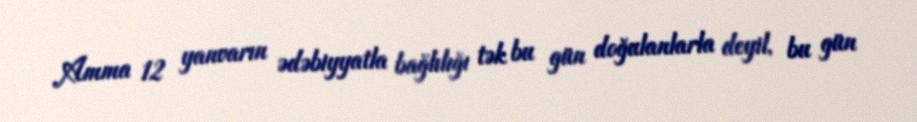
Amma 12 yanvarın ədəbiyyatla bağlılığı tək bu gün doğulanlarla deyil, bu gün